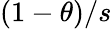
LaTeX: (1-\theta)/s